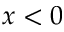
x < 0